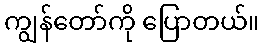
ကျွန်တော်ကို ပြောတယ်။